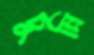
চুন্নি